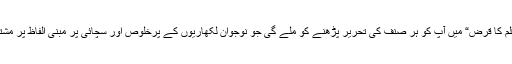
کتاب ”قلم کا قرض“ میں آپ کو ہر صنف کی تحریر پڑھنے کو ملے گی جو نوجوان لکھاریوں کے پرخلوص اور سچائی پر مبنی الفاظ پر مشتمل ہیں۔